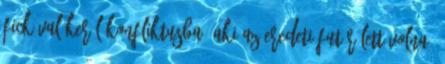
fickóval kerül konfliktusba, aki az eredeti futár lett volna,